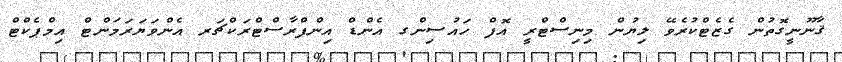
ޤާނޫނީގޮތުން ގެޒެޓްކުރެވޭ ލިޔުން މިނިސްޓްރީ އޮފް ހައުސިންގ އެންޑް އިންފްރާސްޓްރަކްޗަރ އެންވަޔަރަމަންޓް އިމްޕެކްޓް